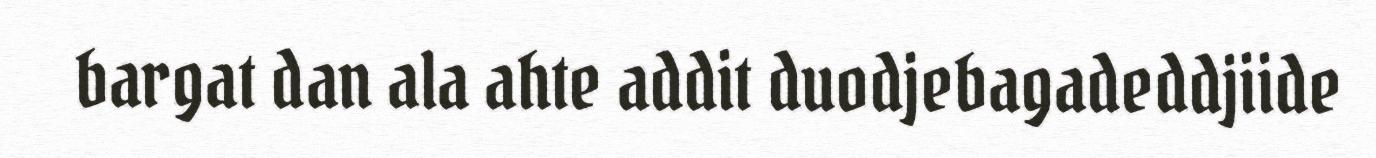
bargat dan ala ahte addit duodjebagadeddjiide